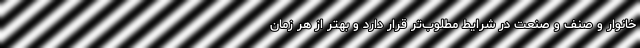
خانوار و صنف و صنعت در شرایط مطلوب‌تر قرار دارد و بهتر از هر زمان